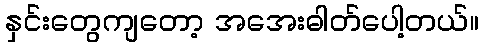
နှင်းတွေကျတော့ အအေးဓါတ်ပေါ့တယ်။